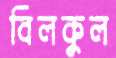
বিলকুল